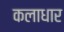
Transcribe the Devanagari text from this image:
कलाधार